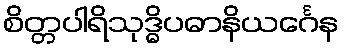
စိတ္တပါရိသုဒ္ဓိပဓာနိယင်္ဂေန